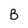
Character: B